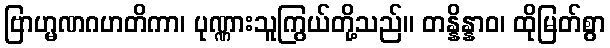
ဗြာဟ္မဏဂဟတိကာ၊ ပုဏ္ဏားသူကြွယ်တို့သည်။ တန္နိန္နာဝ၊ ထိုမြတ်စွာ